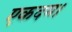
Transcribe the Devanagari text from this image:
एकदम।